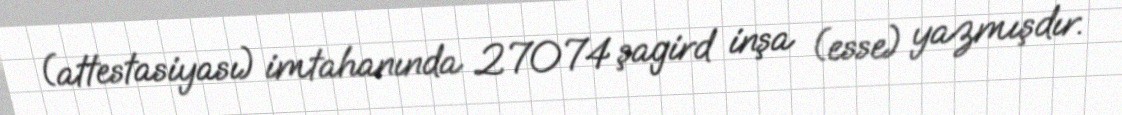
(attestasiyası) imtahanında 27074 şagird inşa (esse) yazmışdır.